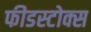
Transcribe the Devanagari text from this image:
फीडस्टोक्स